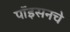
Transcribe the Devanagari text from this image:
पॉइसनचे